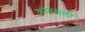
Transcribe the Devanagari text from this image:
कोनसलों